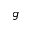
g